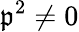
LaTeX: \mathfrak{p}^{2}\neq0